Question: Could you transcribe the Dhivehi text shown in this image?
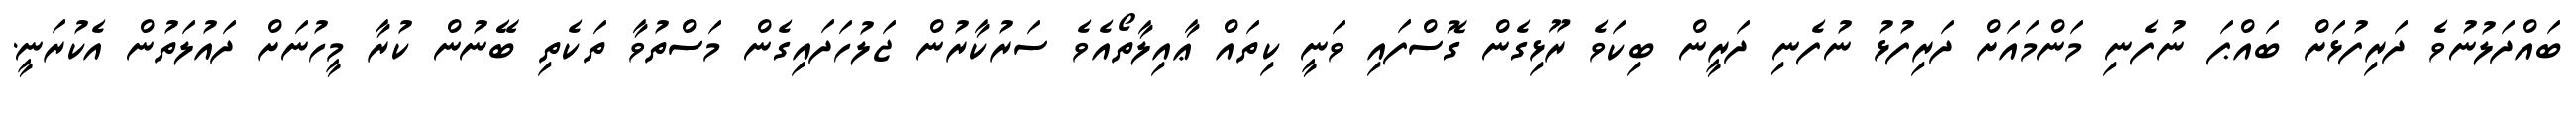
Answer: ބައްދަލުނުވެ ދަރިފުޅަށް ބައްޕަ ނުފެނި މަންމައަށް ދަރިފުޅު ނުފެނި ދަރީން ބިކަވެ ރޫޅިގެން ގޮސްފައި ވަނީ ކިތައް ޢާއިލާތޯއެވެ ސަރުކާރުން ޖަލުހަދައިގެން މަސްތުވާ ތަކެތި ބޭނުން ކުރާ މީހުނަށް ދައުލަތުން އެކުރަނީ.